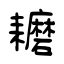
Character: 耱